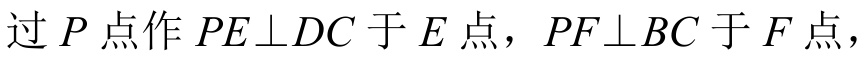
过\(P\)点作\(PE\perp DC\)于\(E\)点，\(PF\perp BC\)于\(F\)点，